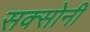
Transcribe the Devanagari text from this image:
सक्सोनी